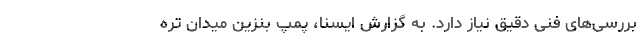
بررسی‌های فنی دقیق نیاز دارد. به گزارش ایسنا، پمپ بنزین میدان تره